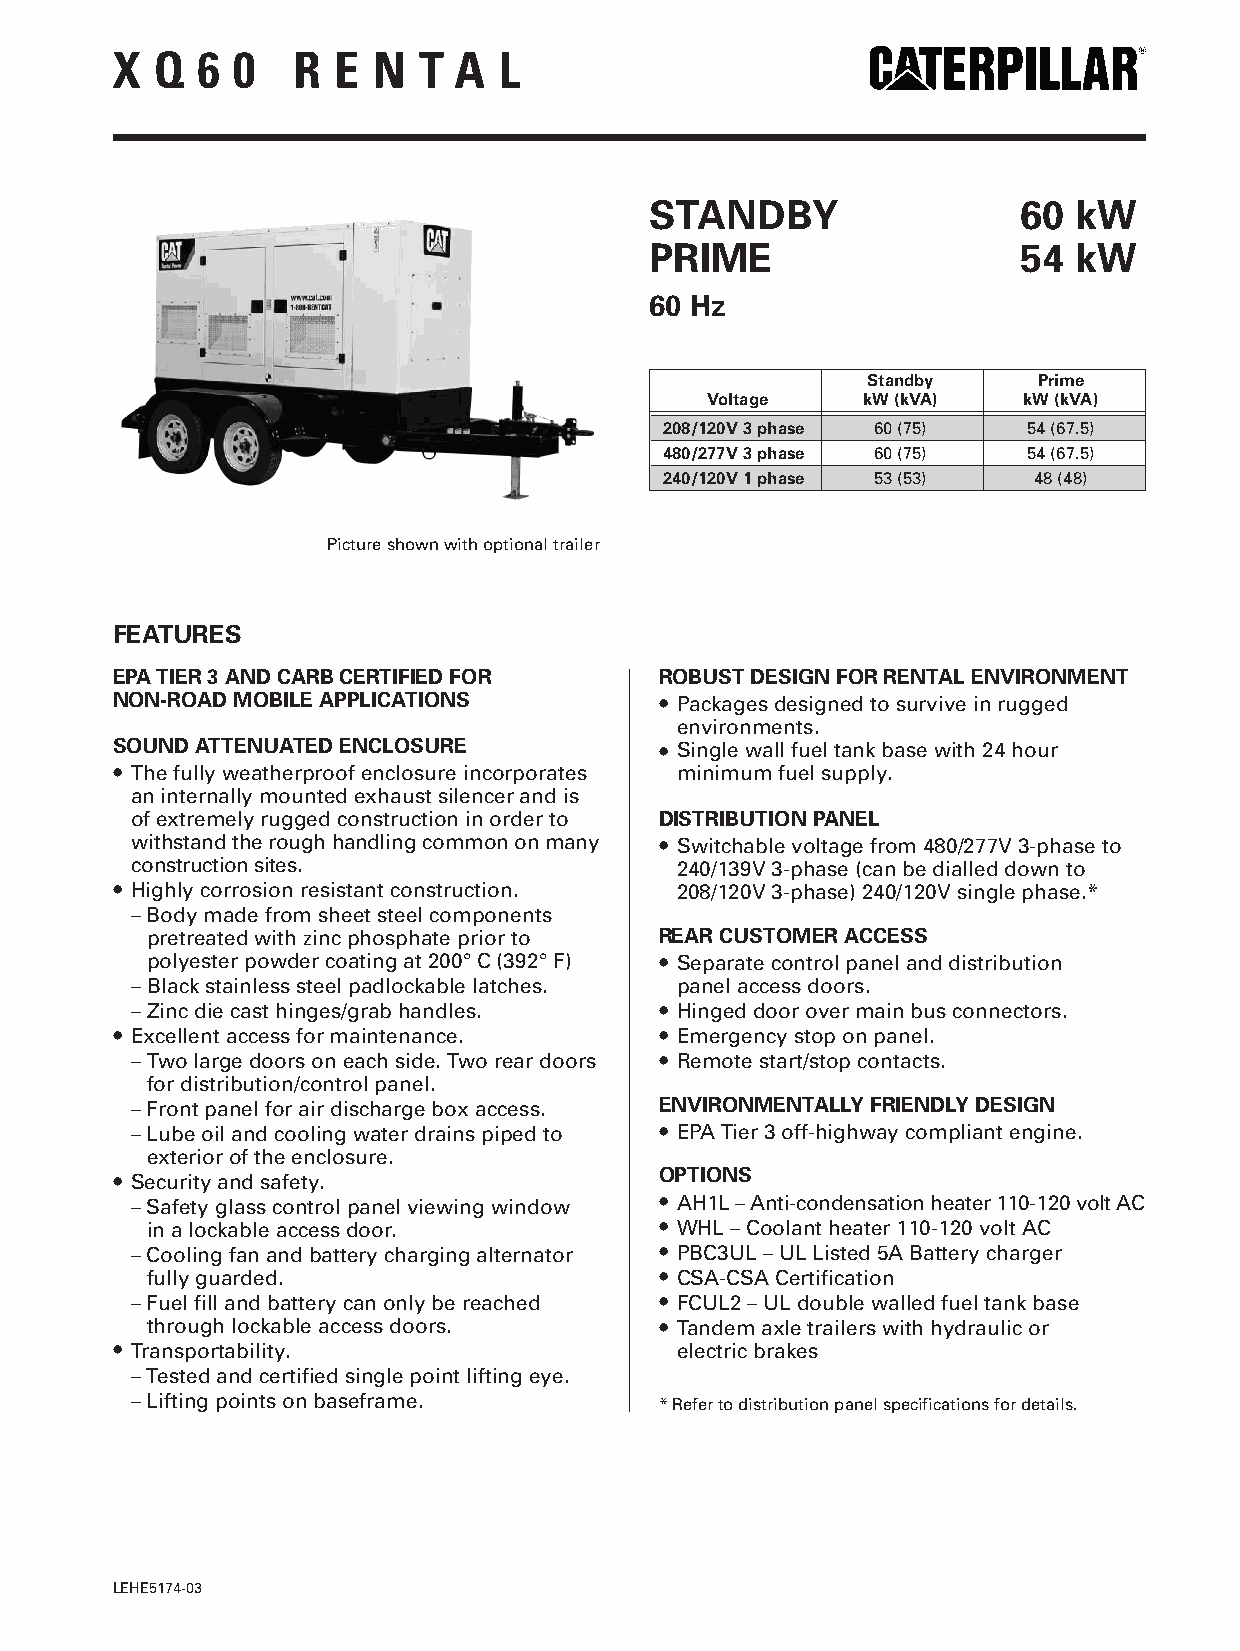
X  Q  6 0   R  E  N  T A  L
 STANDBY                  60 kW
 PRIME                    54 kW
 60 Hz
 Standby     Prime
 Voltage   kW (kVA)   kW (kVA)
 208/120V 3 phase 60 (75) 54 (67.5)
 480/277V 3 phase 60 (75) 54 (67.5)
 240/120V 1 phase 53 (53) 48 (48)
 Picture shown with optional trailer
 FEATURES
 EPA TIER 3 AND CARB CERTIFIED FOR    ROBUST DESIGN FOR RENTAL ENVIRONMENT
 NON-ROAD MOBILE APPLICATIONS         ● Packages designed to survive in rugged
 environments.
 SOUNDATTENUATED ENCLOSURE            ● Single wall fuel tank base with 24 hour
 ● The fully weatherproof enclosure incorporates minimum fuel supply.
 an internally mounted exhaust silencer and is
 of extremely rugged construction in order to DISTRIBUTION PANEL
 withstand the rough handling common on many ● Switchable voltage from 480/277V 3-phase to
 construction sites.                 240/139V 3-phase (can be dialled down to
 ● Highly corrosion resistant construction. 208/120V 3-phase) 240/120V single phase.*
 – Body made from sheet steel components
 pretreated with zinc phosphate prior to REAR CUSTOMER ACCESS
 polyester powder coating at 200°C (392°F) ● Separate control panel and distribution
 – Black stainless steel padlockable latches. panelaccess doors.
 – Zinc die cast hinges/grab handles. ● Hinged door over main bus connectors.
 ● Excellent access for maintenance.  ● Emergency stop on panel.
 – Two large doors on each side. Two rear doors ● Remote start/stop contacts.
 for distribution/control panel.
 – Front panel for air discharge box access. ENVIRONMENTALLY FRIENDLY DESIGN
 – Lube oil and cooling water drains piped to ● EPA Tier 3 off-highway compliant engine.
 exterior of the enclosure.
 ● Security and safety.               OPTIONS
 – Safety glass control panel viewing window ● AH1L – Anti-condensation heater 110-120 volt AC
 ina lockable access door.         ● WHL – Coolant heater 110-120 volt AC
 – Cooling fan and battery charging alternator ● PBC3UL – ULListed 5A Battery charger
 fully guarded.                    ● CSA-CSA Certification
 – Fuel fill and battery can only be reached ● FCUL2 – UL double walled fuel tank base
 through lockable access doors.    ● Tandem axle trailers with hydraulic or
 ● Transportability.                   electricbrakes
 – Tested and certified single point lifting eye.
 – Lifting points on baseframe.     * Refer to distribution panel specifications for details.
 LEHE5174-03